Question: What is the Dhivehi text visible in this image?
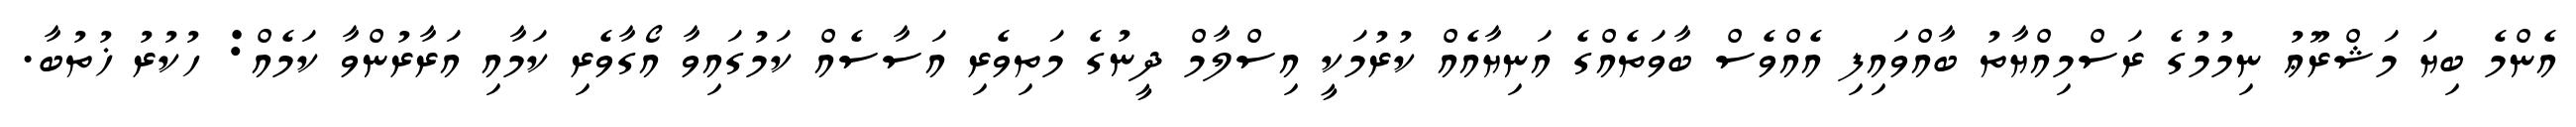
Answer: އެންމެ ބިޔަ މަޝްރޫޢު ނިމުމުގެ ރަސްމިއްޔާތު ބާއްވައިފި އެއްވެސް ބާވަތެއްގެ އަނިޔާއެއް ކުރުމަކީ އިސްލާމް ދީނުގެ މަތިވެރި އަސާސެއް ކަމުގައިވާ އޯގާވެރި ކަމާއި އަރާރުންވާ ކަމެއް: ހުކުރު ޚުތުބާ.